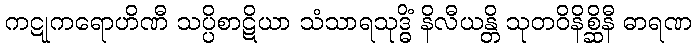
ကဋုကရောဟိဏီ သပ္ပိစာဋိယာ သံသာရသုဒ္ဓိံ နိလီယန္တိ သုတဝိနိစ္ဆိနီ ဓာရဏ